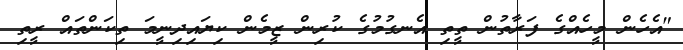
"އެހެން މީހެއްގެ ފަރާތުން ތީތި އެނގުމުގެ ކުރިން ޒީމެން ކިޔައިދިނީމަ ތިކަންތައް ރީތި